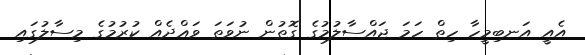
އެއީ އަނބިމީހާ ހިތް ހަމަ ޖައްސާލުމުގެ ގޮތުން ނުވަތަ ވަޢްދެއް ކުރުމުގެ މިސާލުގައި